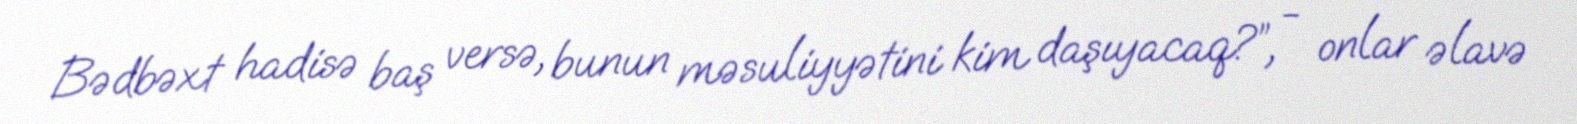
Bədbəxt hadisə baş versə, bunun məsuliyyətini kim daşıyacaq?”, - onlar əlavə